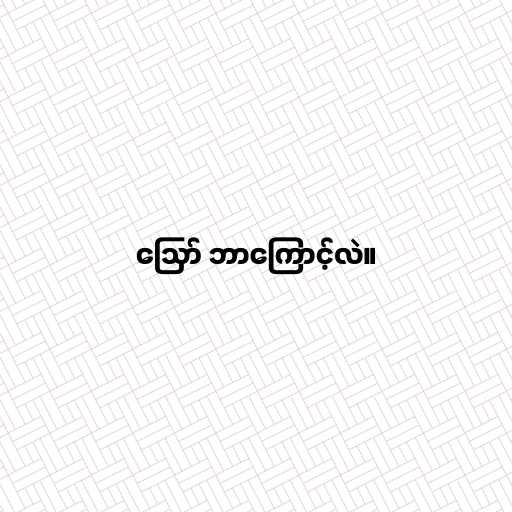
ဪ ဘာကြောင့်လဲ။